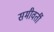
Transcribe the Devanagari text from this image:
समीवर्ती